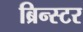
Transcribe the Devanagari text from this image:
ब्रिन्स्टर